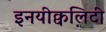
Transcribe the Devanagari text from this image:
इनयीक्वलिटी